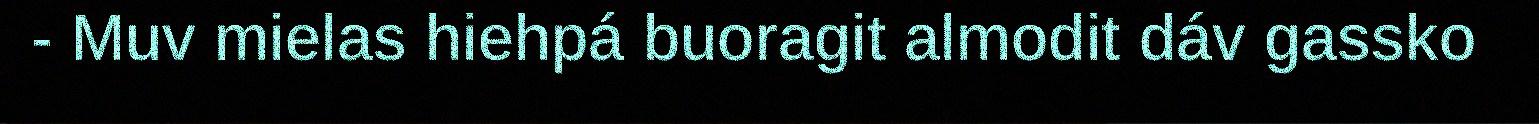
- Muv mielas hiehpá buoragit almodit dáv gassko